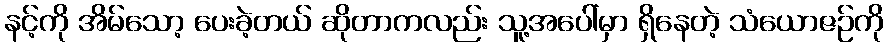
နင့်ကို အိမ်သော့ ပေးခဲ့တယ် ဆိုတာကလည်း သူ့အပေါ်မှာ ရှိနေတဲ့ သံယောဇဉ်ကို